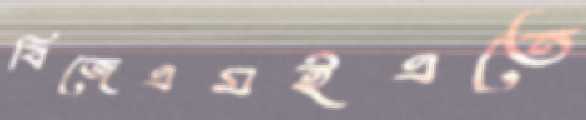
বিজেএমইএতে